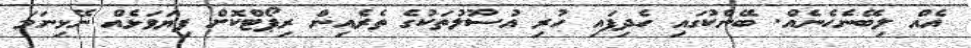
އެއް ލިބޭނެހެނެއް. ބޭންކުގައި ހެދިފައި ހުރި އުސޫލުތަކުގެ ތެރެއިން ރިޕޯޓްކޮށް ފިޔަވަޅެއް ނޭޅިނަމަ